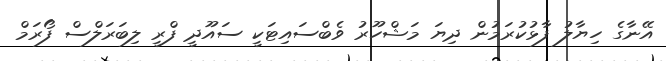
އޭނާގެ ހިޔާލު ފާޅުކުރަމުން ދިޔަ މަޝްހޫރު ވެބްސައިޓަކީ ސައޫދީ ފްރީ ލިބަރަލްސް ފޯރަމް